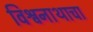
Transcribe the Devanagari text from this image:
विश्वनाथाचा